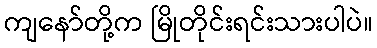
ကျနော်တို့က မြိုတိုင်းရင်းသားပါပဲ။